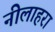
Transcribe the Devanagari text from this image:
नीलाहरा